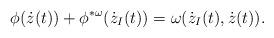
LaTeX: \begin{align*}\phi(\dot{z}(t)) + \phi^{*\omega}( \dot{z}_{I}(t) ) = \omega(\dot{z}_{I}(t),\dot{z}(t)) . \end{align*}